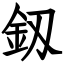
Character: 釼